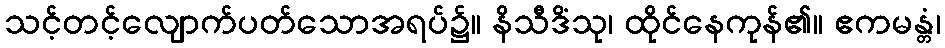
သင့်တင့်လျောက်ပတ်သောအရပ်၌။ နိသီဒိံသု၊ ထိုင်နေကုန်၏။ ဧကမန္တံ၊